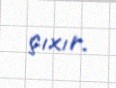
çıxır.